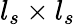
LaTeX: l_{s}\times l_{s}